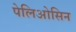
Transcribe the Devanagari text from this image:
पेलिओसिन